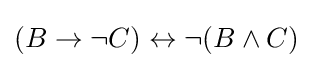
(B\to \neg C)\leftrightarrow \neg (B\land C)